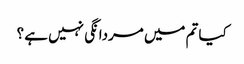
کیا تم میں مردانگی نہیں ہے ؟